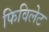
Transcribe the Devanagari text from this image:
फिविलेट